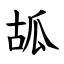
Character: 㼋